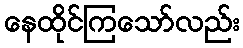
နေထိုင်ကြသော်လည်း